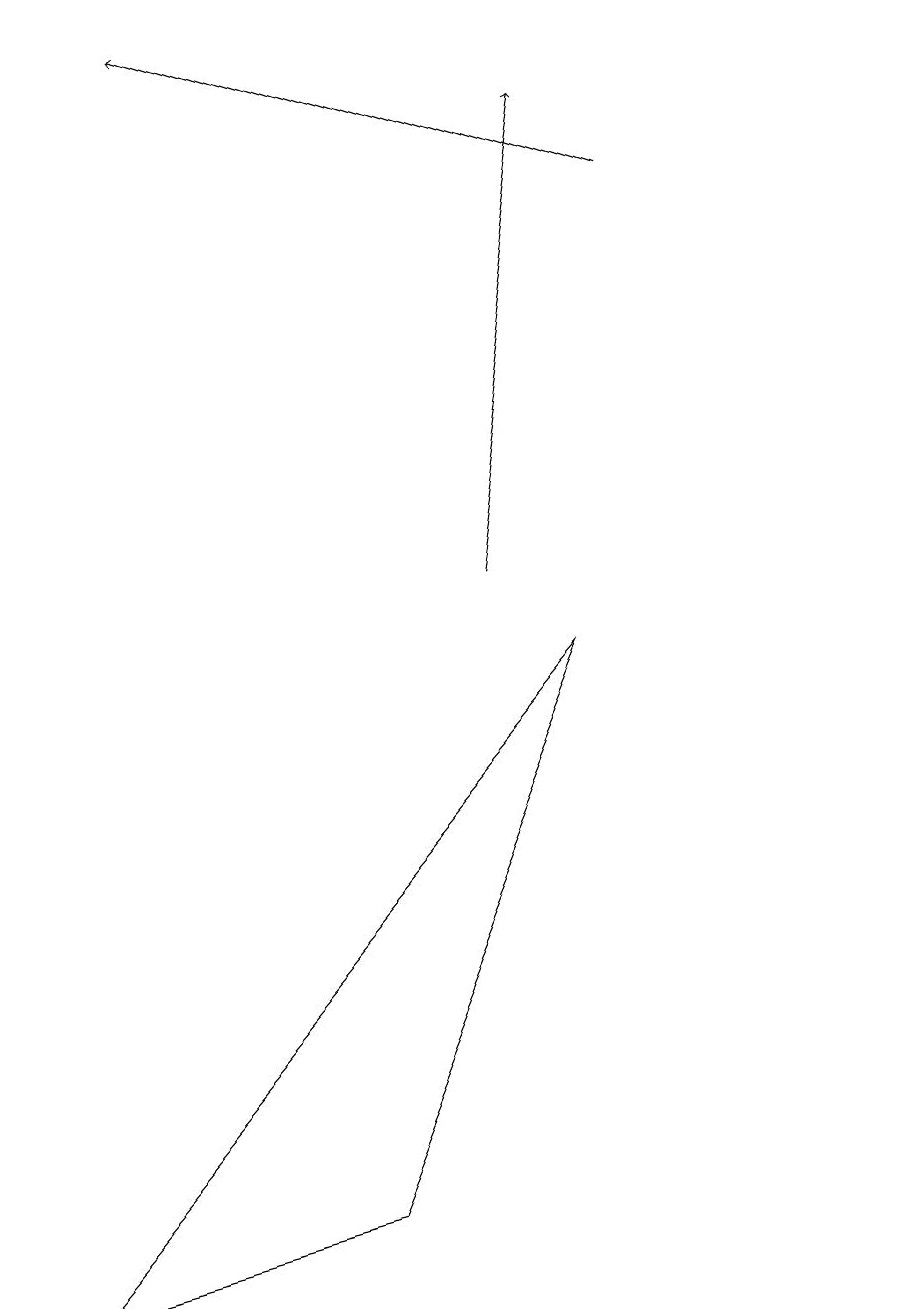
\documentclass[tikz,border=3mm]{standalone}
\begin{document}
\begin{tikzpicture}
\draw[->] (6,10) -- (7,16);
\draw[->] (8,15) -- (2,17);
\draw (11,10) circle (0);
\draw (0,1) -- (7,9) -- (4,2) -- cycle;
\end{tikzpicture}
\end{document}